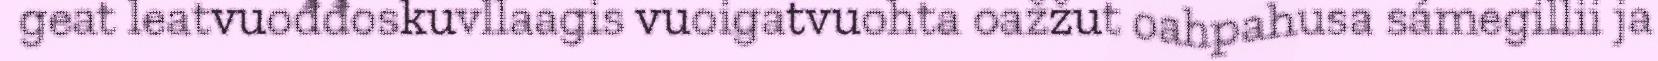
geat leatvuođđoskuvllaagis vuoigatvuohta oažžut oahpahusa sámegillii ja